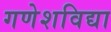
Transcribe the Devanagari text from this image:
गणेशविद्या